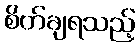
စိတ်ချရသည့်